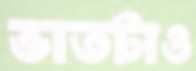
ভাতটাও